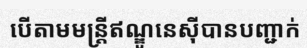
បើតាមមន្ត្រីឥណ្ឌូនេស៊ីបានបញ្ជាក់